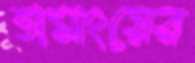
তামাংয়ের